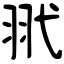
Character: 𦏵